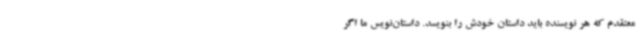
معتقدم که هر نویسنده باید داستان خودش را بنویسد. داستان‌نویس ما اگر